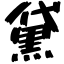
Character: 黛